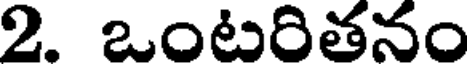
2. ఒంటరితనం